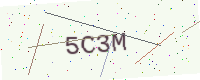
Text: 5C3M